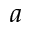
a